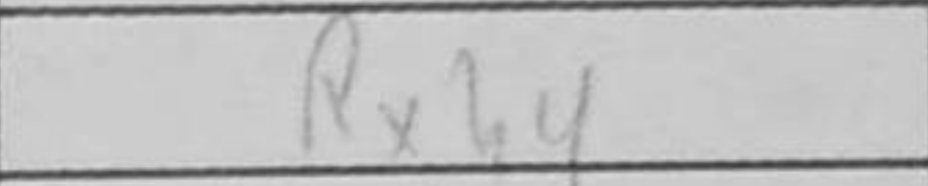
Transcription: Rxh4